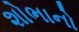
શોભાનો